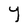
Character: Y